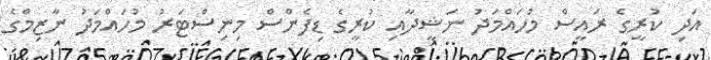
އަދި ކުރީގެ ރައީސް މުހައްމަދު ނަޝީދާއި ކުރީގެ ޑިފެންސް މިނިސްޓަރު މުހައްމަދު ނާޒިމްގެ